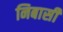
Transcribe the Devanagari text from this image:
निबासी